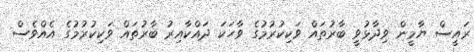
ރައީސް ޔާމީން ވިދާޅުވީ ބާރުތައް ވަކިކުރުމުގެ ވާހަކަ ދައްކާއިރު ބާރުތައް ވަކިކުރުމުގެ އެއްވެސް